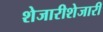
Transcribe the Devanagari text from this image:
शेजारीशेजारी